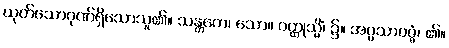
ယုတ်သောဂုဏ်ရှိသောသူ၏။ သန္တကေ၊ သော။ ဝတ္ထုသ္မိံ၊ ၌။ အပ္ပသာဝဇ္ဇံ၊ ၏။